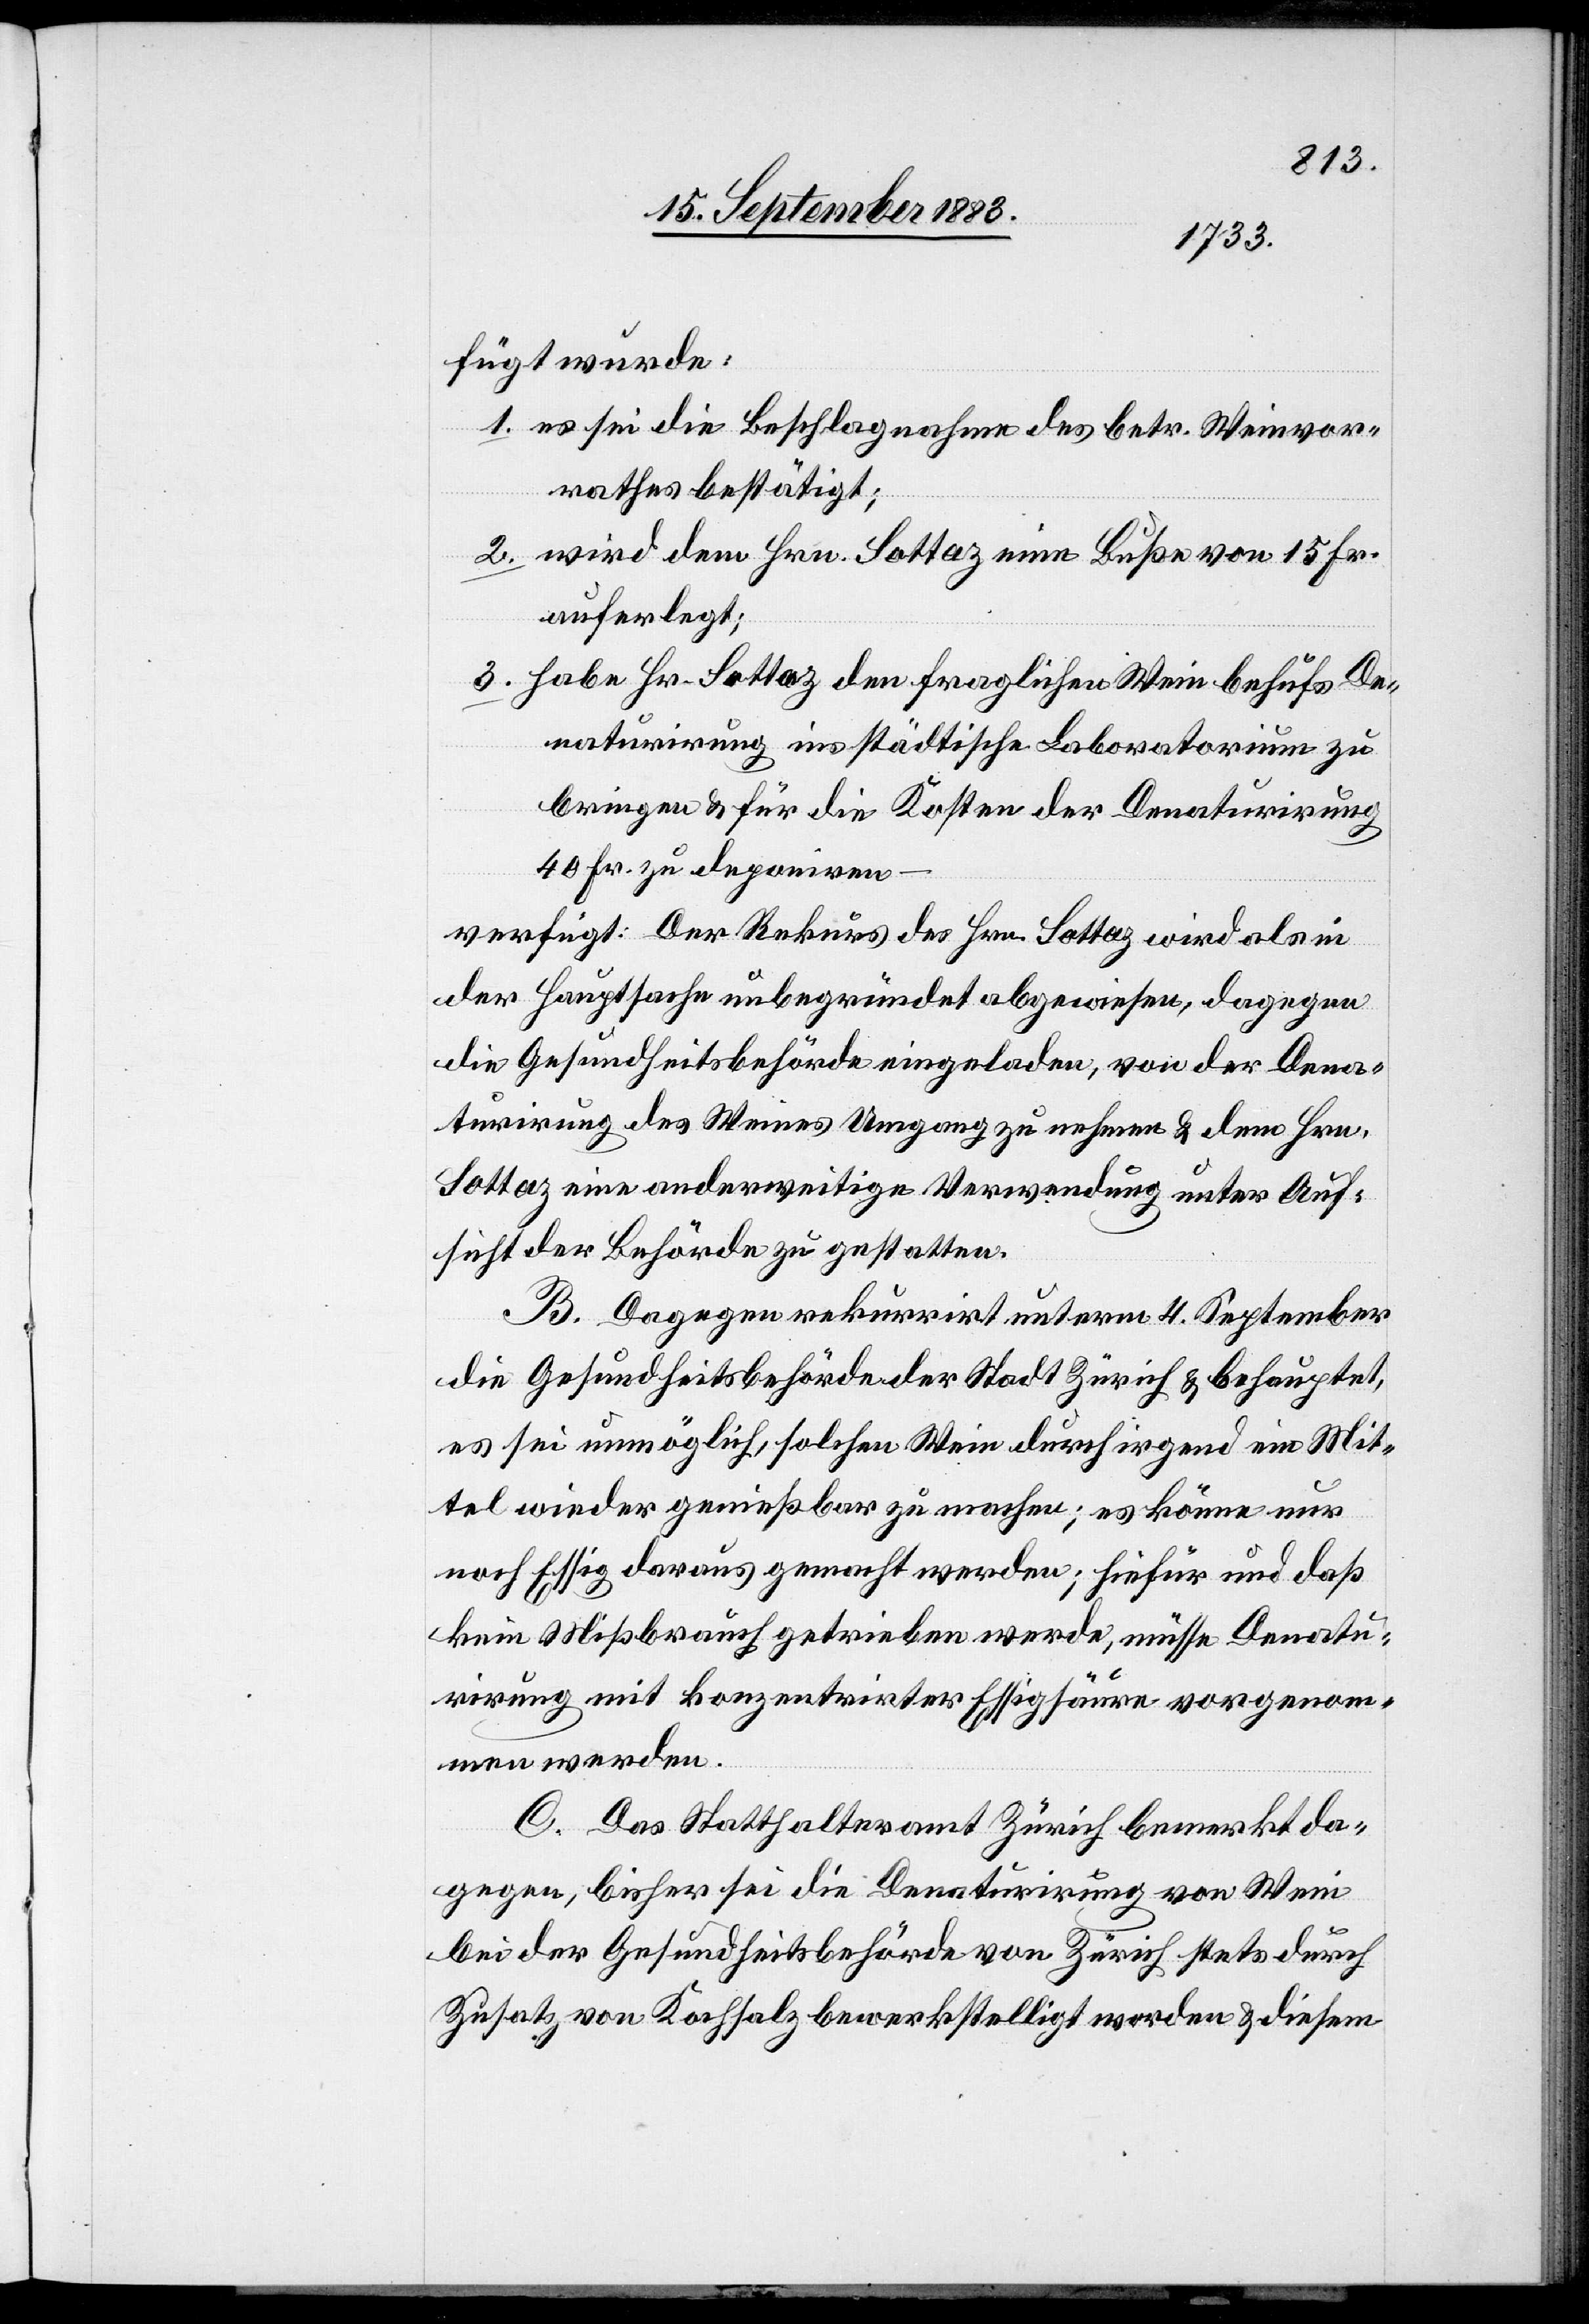
fügt wurde:
1. es sei die Beschlagnahme des betr. Weinvor¬
rathes bestätigt;
2. wird dem Hrn. Sottaz eine Buße von 15 Fr.
auferlegt;
3. habe Hr. Sottaz den fraglichen Wein behufs De¬
naturirung ins städtische Laboratorium zu
bringen & für die Kosten der Denaturirung
40 Fr. zu deponiren
verfügt: Der Rekurs des Hrn. Sottaz wird als in
der Hauptsache unbegründet abgewiesen, dagegen
die Gesundheitsbehörde eingeladen, von der Dena¬
turirung des Weines Umgang zu nehmen & dem Hrn.
Sottaz eine anderweitige Verwendung unter Auf¬
sicht der Behörde zu gestatten.
B. Dagegen rekurrirt unterm 4. September
die Gesundheitsbehörde der Stadt Zürich & behauptet,
es sei unmöglich, solchen Wein durch irgend ein Mit¬
tel wieder genießbar zu machen; es könne nur
noch Essig daraus gemacht werden; hiefür und daß
kein Mißbrauch getrieben werde, müsse Denatu¬
rirung mit konzentrirter Essigsäure vorgenom¬
men werden.
C. Das Statthalteramt Zürich bemerkt da¬
gegen, bisher sei die Denaturirung von Wein
bei der Gesundheitsbehörde von Zürich stets durch
Zusatz von Kochsalz bewerkstelligt worden & diesem